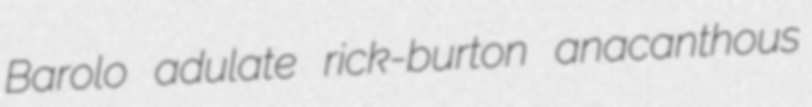
Barolo adulate rick-burton anacanthous